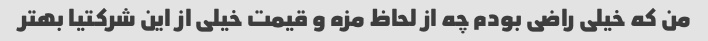
من که خیلی راضی بودم چه از لحاظ مزه و قیمت خیلی از این شرکتیا بهتر